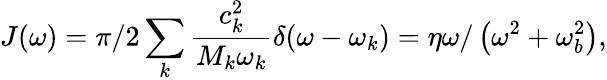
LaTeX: J(\omega)=\pi/2\sum_{k}\frac{c_{k}^{2}}{M_{k}\omega_{k}}\delta(\omega-\omega_{k})=\eta\omega/\left(\omega^{2}+\omega_{b}^{2}\right),